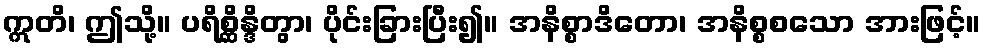
ဣတိ၊ ဤသို့။ ပရိစ္ဆိန္ဒိတွာ၊ ပိုင်းခြားပြီး၍။ အနိစ္စာဒိတော၊ အနိစ္စစသော အားဖြင့်။